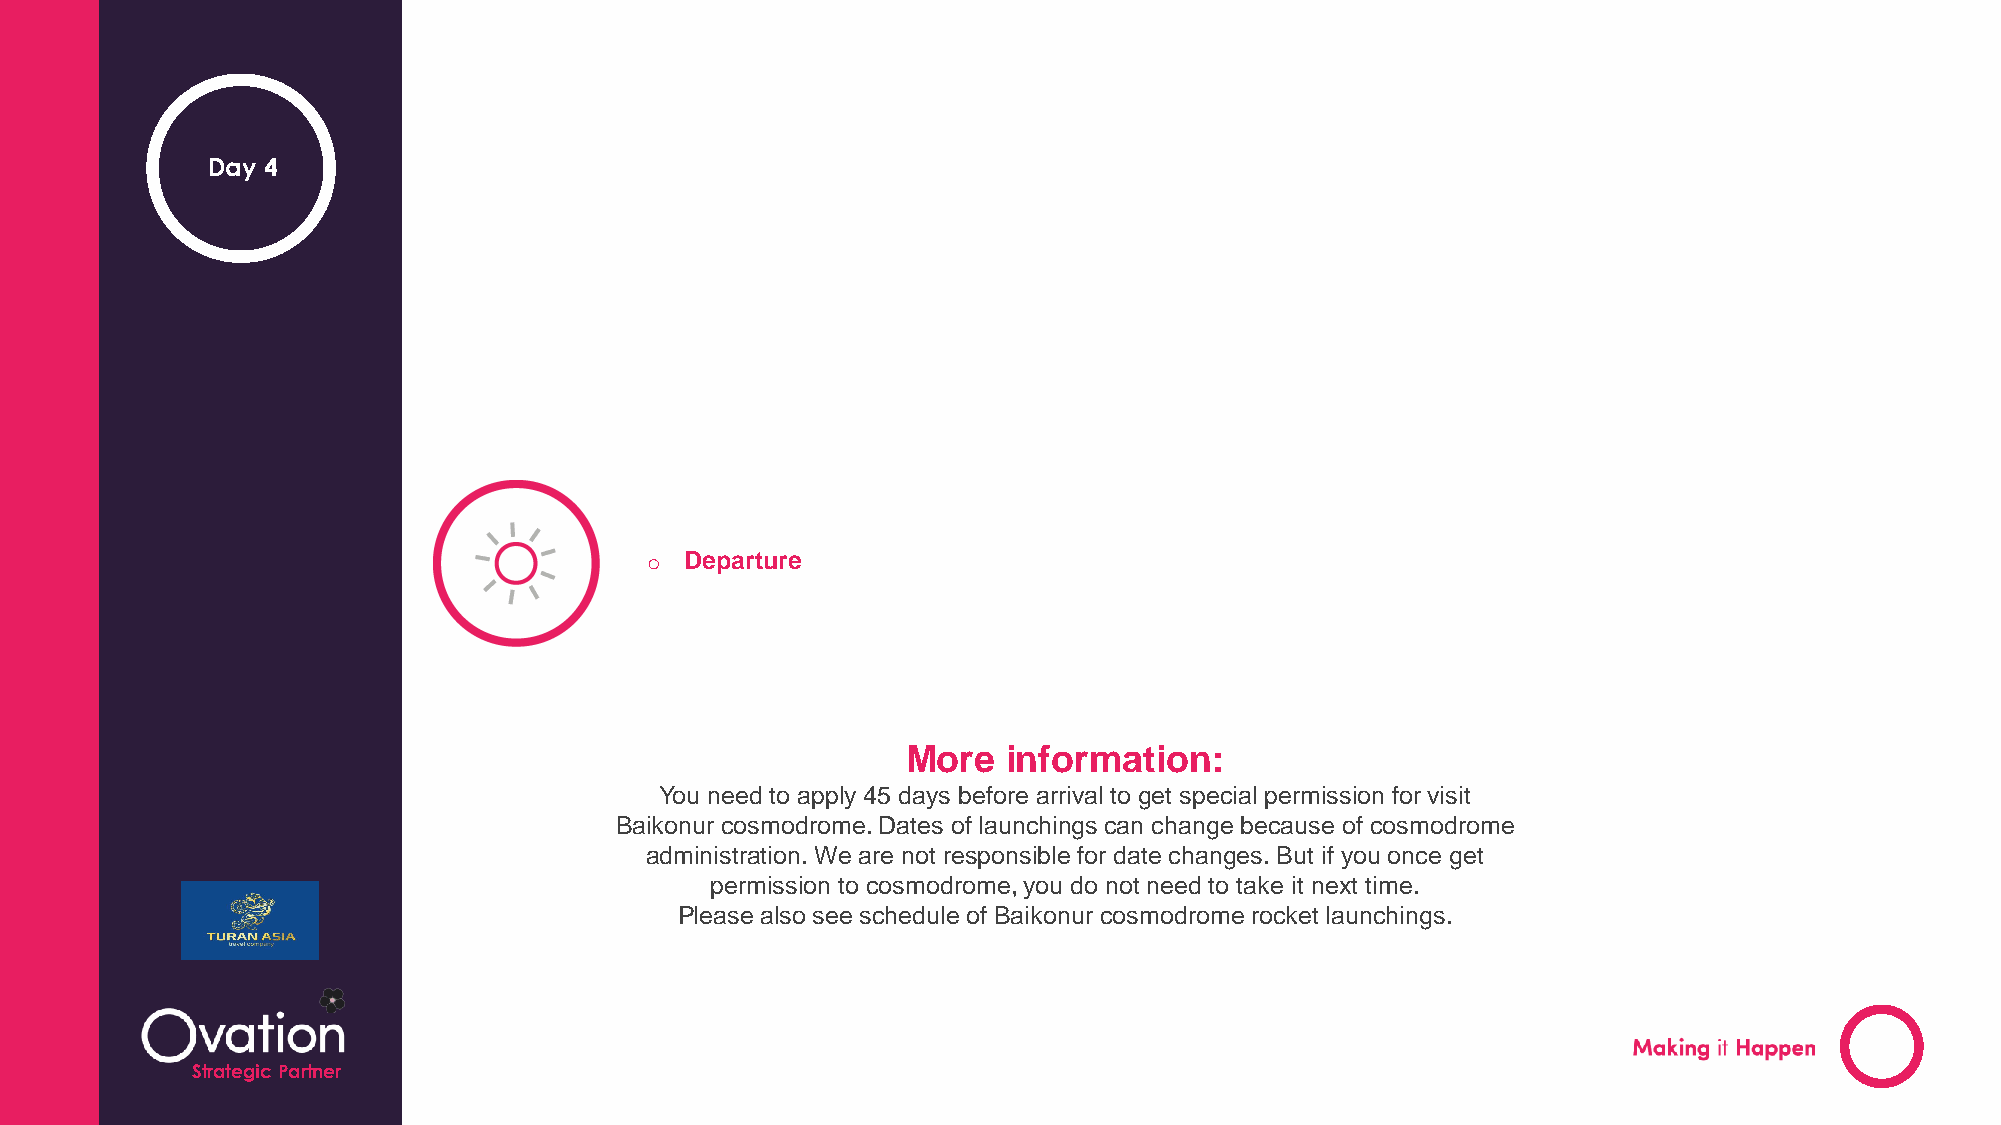
Day 4
 o Departure
 More   information:
 You need to apply 45 days before arrival to get special permission for visit
 Baikonur cosmodrome. Dates of launchings can change because of cosmodrome
 administration. We are not responsible for date changes. But if you once get
 permission to cosmodrome, you do not need to take it next time.
 Please also see schedule of Baikonur cosmodrome rocket launchings.
 StrCaoteugnitcryP Naartmneer